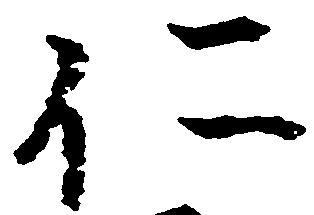
仁